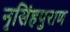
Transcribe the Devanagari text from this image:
नृसिंहपुराण